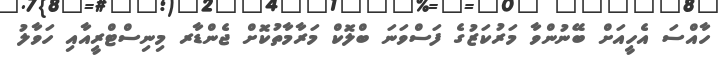
ހާއްސަ އެހީއަށް ބޭނުންވާ މަރުކަޒުގެ ފަސްވަނަ ބްލޮކް މަރާމާތުކޮށް ޖެންޑާރ މިނިސްޓްރީއާއި ހަވާލު